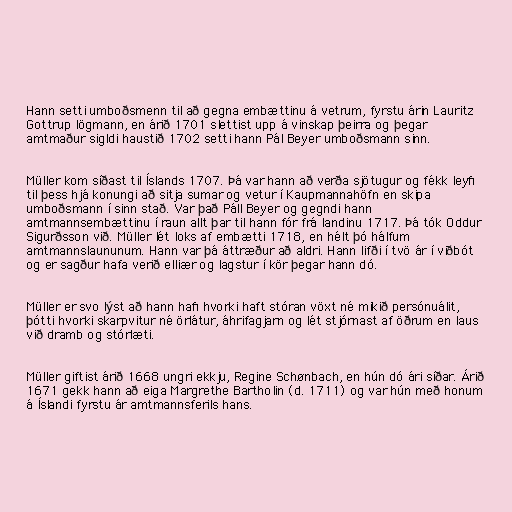
Hann setti umboðsmenn til að gegna embættinu á vetrum, fyrstu árin Lauritz
Gottrup lögmann, en árið 1701 slettist upp á vinskap þeirra og þegar
amtmaður sigldi haustið 1702 setti hann Pál Beyer umboðsmann sinn.

Müller kom síðast til Íslands 1707. Þá var hann að verða sjötugur og fékk leyfi
til þess hjá konungi að sitja sumar og vetur í Kaupmannahöfn en skipa
umboðsmann í sinn stað. Var það Páll Beyer og gegndi hann
amtmannsembættinu í raun allt þar til hann fór frá landinu 1717. Þá tók Oddur
Sigurðsson við. Müller lét loks af embætti 1718, en hélt þó hálfum
amtmannslaununum. Hann var þá áttræður að aldri. Hann lifði í tvö ár í viðbót
og er sagður hafa verið elliær og lagstur í kör þegar hann dó.

Müller er svo lýst að hann hafi hvorki haft stóran vöxt né mikið persónuálit,
þótti hvorki skarpvitur né örlátur, áhrifagjarn og lét stjórnast af öðrum en laus
við dramb og stórlæti.

Müller giftist árið 1668 ungri ekkju, Regine Schønbach, en hún dó ári síðar. Árið
1671 gekk hann að eiga Margrethe Bartholin (d. 1711) og var hún með honum
á Íslandi fyrstu ár amtmannsferils hans.